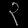
Digit: ၃